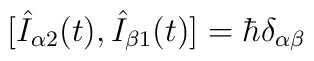
[\hat{I}_{\alpha 2} (t) , \hat{I}_{\beta 1} (t)] = \hbar\delta_{\alpha \beta}